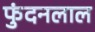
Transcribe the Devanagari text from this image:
फुंदनलाल